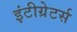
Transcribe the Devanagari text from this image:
इंटीग्रेटर्स